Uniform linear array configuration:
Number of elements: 12
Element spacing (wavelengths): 1
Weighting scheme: exponential
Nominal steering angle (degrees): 60
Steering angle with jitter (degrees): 61.156
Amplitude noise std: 0.05
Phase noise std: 0.05

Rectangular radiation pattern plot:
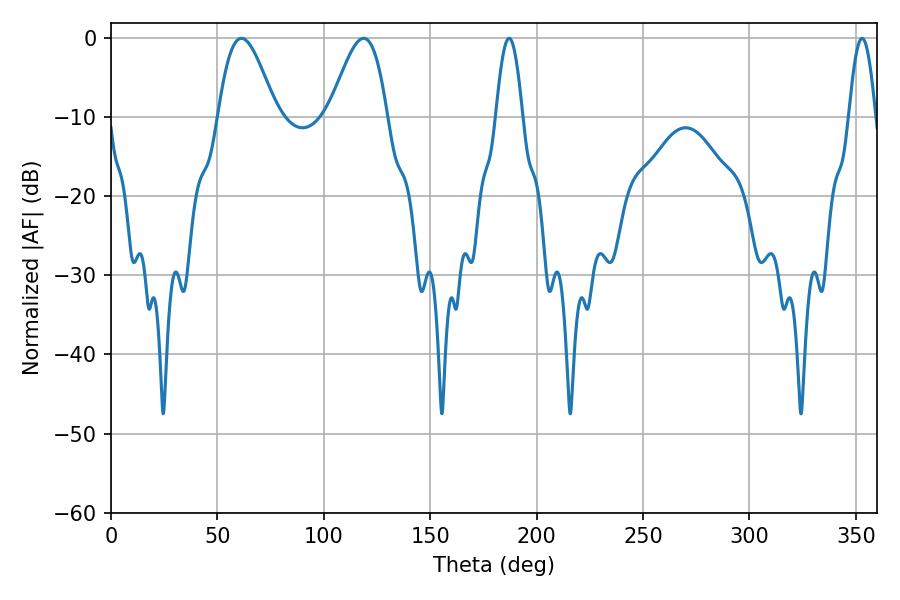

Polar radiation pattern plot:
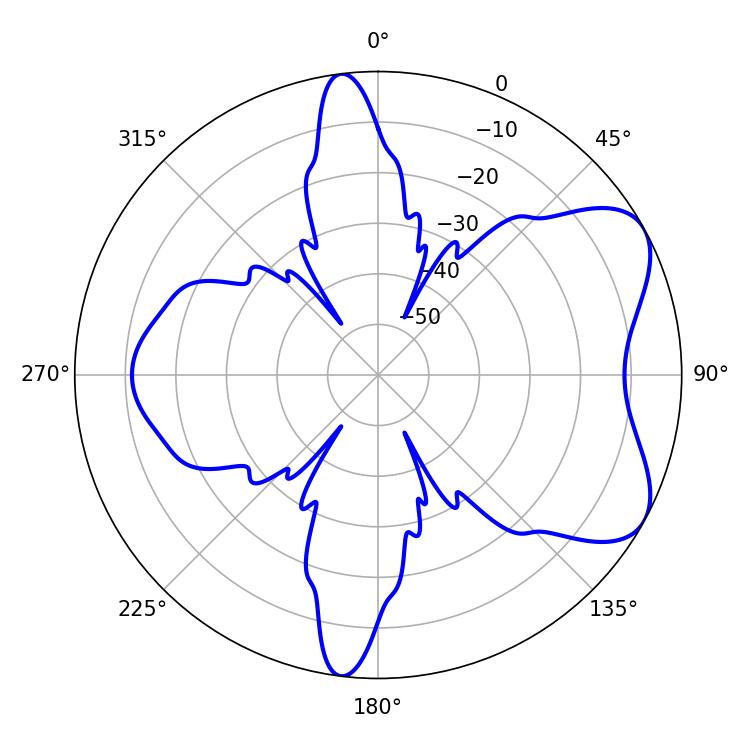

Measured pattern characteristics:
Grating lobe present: TRUE
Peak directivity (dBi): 6.401
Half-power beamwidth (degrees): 14.58
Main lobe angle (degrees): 61.2